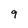
Character: 9